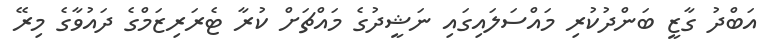
އަބްދު ގާޒީ ބަންދުކުރި މައްސަލައިގައި ނަޝީދުގެ މައްޗަށް ކުރާ ޓެރަރިޒަމްގެ ދައުވާގެ މިރޭ